Report of the Municipal Commissioner on the plague in Bombay for the year ending 31st May... - Volume 2
Disease focus: Plague
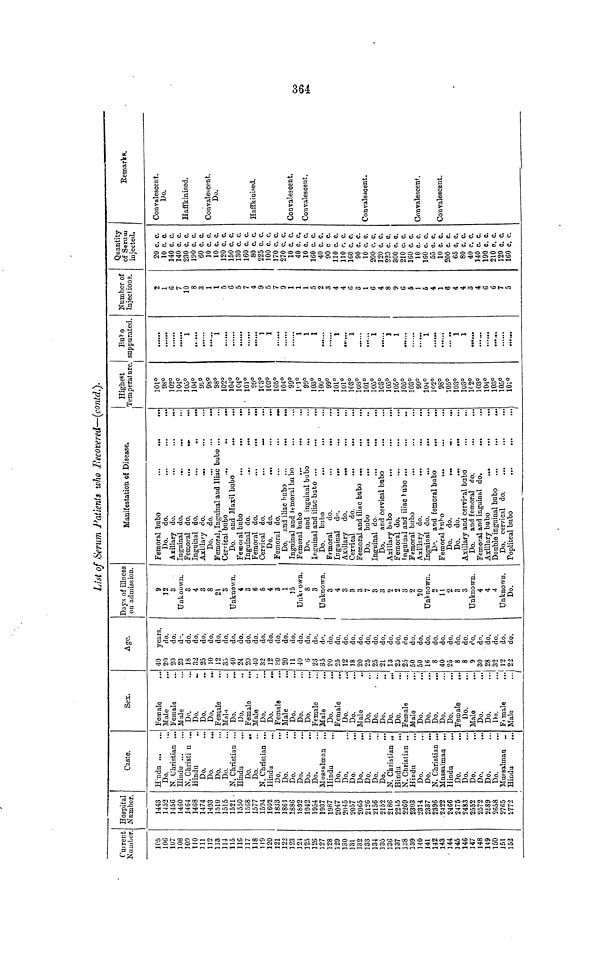
List of Serum Patients who Recovered—(contd.).
Current
Number
105
106
107
108
109
110
111
112
113
114
115
116
117
118
119
120
121
122
123
124
125
126
127
128
129
130
131
]32
133
134
135
136
137
138
139
140
141
142
143
144
145
146
147
148
149
150
151
152
Hospital
Number.
1443
1452
1456
1460
1464
1468
1474
1493
1510
1515
1521
1550
1568
1577
1594
1602
1833
1864
1886
1892
1942
1954
1937
1987
Caste.
Hindu
Do.
N Christian
Hindu
N. Christi n ..
Hindu
Do.
Do.
Do.
Do.
N. Christian ..
Hindu
Do.
Do.
N. Christian ..
Hindu
Do.
Do.
Do.
Do.
Do.
Do.
Mussalman
Hindu
Do.
Do.
Do.
Do.
Do.
Do.
Do.
N. Christian .,
Hindu
N. Christian ..
Hindu
Do.
Do.
N. Christian ...
Mussalman ...
Hindu
...
Do.
Do.
Do.
Do.
Do.
Do.
Mussalman
Hindu
...
Sex.
Female
Male
Female
Male
Do.
Do.
Do.
Do.
Female
Male
Do.
Do.
Female
...
Male
Do.
Do.
Female
Male
Do.
Do.
Do.
Female
Male
Do.
Female
Do.
Do.
Male
Do.
Do.
Do.
Do.
Do.
Female
Male
Do.
Do.
Do.
Do.
Do.
Female
...
Do.
Male
Do.
Do.
Do.
Female
.
Male
...
Age.
40 years.
20
do.
20
do.
23
do.
18
do.
32
do.
25
do.
10
do.
12
do.
35
do.
40
do.
24
do.
20
do.
40
do.
32
do.
12
do.
30
do.
20
do.
11
do.
40
do.
6
do.
23
do.
35
do.
20
do.
25
do.
12
do.
18
do.
20
do.
25
do.
25
do.
21
do.
13
do.
25
do.
25
do.
50
do.
50
do.
16
do.
8
do.
40
do.
25
do.
8
do.
8
do.
9
do.
30
do.
28
do.
32
do.
12
do.
22
do.
Days of illness
on admission.
9
12
3
Unknown.
3
4
3
8
21
3
Unknown.
4
3
6
5
4
3
1
15
Unknown.
8
3
Unknown.
3
4
3
3
3
7
3
3
2
2
3
2
20
Unknown.
2
11
2
3
3
Unknown.
4
4
4
Unknown.
Do.
Manifestation of Disease.
Femoral bubo
...
...
...
Do. do.
Axillary do.
...
...
...
Inguinal do.
...
...
Femoral do.
...
...
...
Inguinal do.
...
.,
...
Axillary do.
—
Do. do.
Femoral, Inguinal and Iliac bubo ...
Cervical bubo
...
..
...
Do. and Maxil bubo
...
...
Femoral bubo
...
...
...
Inguinal do.
...
...
Femoral do.
...
...
...
Cervical do.
...
Do. do.
Femoral do.
...
...
,.
Do. and iliac bubo ...
...
...
Inguinal and femoral bubo
Femoral bubo
...
...
Do. and inguinal bubo
Inguinal and iliac bubo ...
...
...
Do. bubo
...
...
Femoral do.
...
...
Inguinal do.
...
...
...
Axillary do.
...
Cervical
do.
...
...
...
Femoral and iliac bubo ...
Do. bubo
...
...
Inguinal do.
Do. and cervical bubo
...
Axillary bubo
...
...
...
Femoral do.
...
...
...
Inguinal and iliac bubo ...
...
..
Femoral bubo
Axillary do.
...
Inguinal do.
...
...
...
Do. and femoral bubo
...
...
Femoral bubo
...
Do. do.
...
Do. do.
...
...
Axillary and cervical bubo
Do. and femoral do.
...
...
Femoral and inguinal do.
...
Axillary bubo
_..
...
Double inguinal bubo
...
...
...
Do. cervical do.
...
...
...
Popliteal bubo
...
...
Highest
Temperature
101°9
8°1
02°1
04°1
05°1
04°9
9°9
8°9
8°1
02°1
04°1
04°1
01°9
9°1
('3°1
03°1
05°1
04°9
9°1
01°9
9°1
03°1
00°9
9°1
01°1
01°1
03°1
03°1
01°1
05°1
0S°1
05°1
05°1
05°1
03°9
9°1
04°1
02°9
8°1
05°1
03°1
03°1
(2°1
03"
104°1
03°1
05°1
01°B
ubo
suppurated.
.
1
......
1
1
1
1
I
1
1
i
"i 1
...
... .
1
1
......
Number of
Injections.
2
1
6
7
10
8
3
1
1
5
6
5
7
4
9
5
7
9
1
1
1
5
2
3
4
4
G
3
1
G
4
8
9
G
5
1
5
4
1
6
4
4
3
4
G
6
7
5
Quantity
of Serum
injected.
20 c. c.
10 c. c.
140 c. c.
140 c. c.
230 c. c.
190 c. c.
60 c. c.
10 c. c.
10 c. c.
120 c. c.
150 c. c.
130 c. c.
160 c. c.
80 c. c.
225 c. c.
100 c. c.
170 c. c.
270 c. c.
10 c. c.
40 c. c.
10 c. c.
160 c. c.
40 c. c.
90 c c.
110 c. c.
110 c. c.
160 c. c.
90 c. c.
10 c. c.
200 c. c.
120 c. c
220 c. c.
300 c. c.
210 c. c.
160 c. c.
10 c. c.
160 c. c.
55 c. c.
10 c. c.
200 c. c.
65 c, c.
80 c. c.
40 c. c.
140 c. c.
190 c. c.
210 c. c.
120 c. c.
160 c. c.
Remarks.
Convalescent.
Do.
Haffkinised.
Convalescent-
Do.
Haffkinised.
Convalescent.
Convalescent.
Convalescent.
Convalescent.
Convalescent.
364